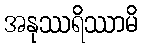
အနုဿရိဿာမိ